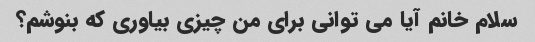
سلام خانم آیا می توانی برای من چیزی بیاوری که بنوشم؟